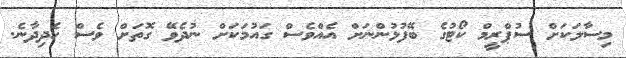
މިސާލަކަށް ސުޕްރީމް ކޯޓުގެ ބޭފުޅުންނަށް އެއްވެސް ގައުމަކަށް ނުދެވޭ ގޮތަށް ވެސް ހެދިދާނެ.